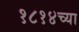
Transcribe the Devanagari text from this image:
१८१४च्या